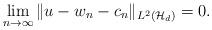
LaTeX: \begin{align*} \lim_{n\to\infty}\|u-w_n-c_n\|_{L^2({\cal H}_{d})}=0. \end{align*}